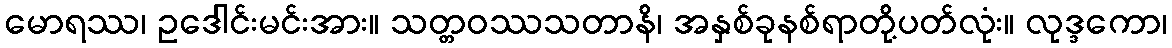
မောရဿ၊ ဥဒေါင်းမင်းအား။ သတ္တဝဿသတာနိ၊ အနှစ်ခုနစ်ရာတို့ပတ်လုံး။ လုဒ္ဒကော၊